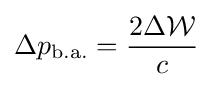
\Delta p_{\mathrm {b.a.} }={\frac {2\Delta {\mathcal {W}}}{c}}